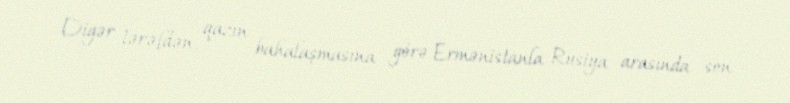
Digər tərəfdən, qazın bahalaşmasına görə Ermənistanla Rusiya arasında son